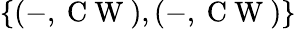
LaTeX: \{ (-,\mathrm{~C~W~}),(-,\mathrm{~C~W~})\}